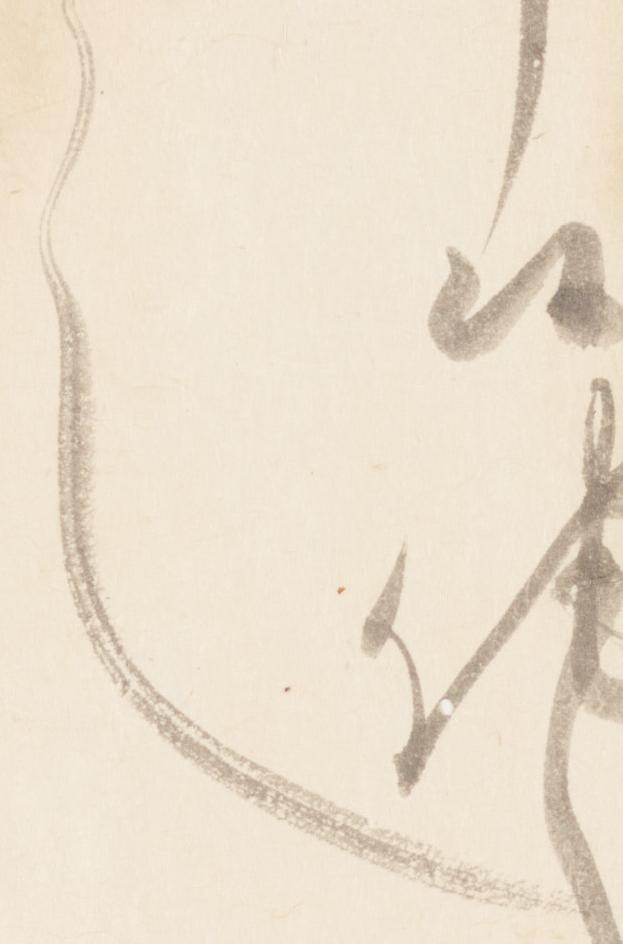
也